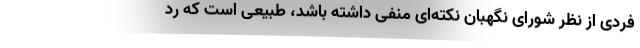
فردی از نظر شورای نگهبان نکته‌ای منفی داشته باشد، طبیعی است که رد